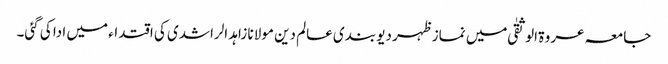
جامعہ عروۃ الوثقیٰ میں نماز ظہر دیو بندی عالم دین مولانا زاہد الراشدی کی اقتداء میں ادا کی گئی۔